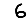
Digit: 6